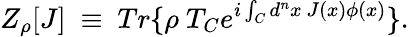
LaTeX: Z_{\rho}[J]\ \equiv\ Tr\{ \rho\ T_{C}e^{i\int_{C}d^{n}x\ J(x)\phi(x)}\} .